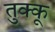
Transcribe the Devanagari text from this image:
तुक्कू